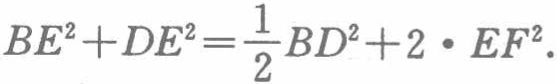
\(BE^{2}+DE^{2}=\frac{1}{2}BD^{2}+2\cdot EF^{2}\)